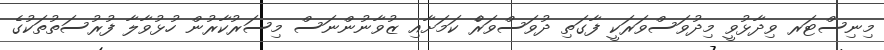
މިނިސްޓަރ ވިދާޅުވީ މިދުވަސްވަރަކީ ފާގަތި ދުވަސްވަރެް ކަމަށާއި ޒުވާނުންނަސް މިސަރުކާރުން ހުޅުވާލާ ފުރުސަތުތަކުގެ